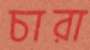
চারা